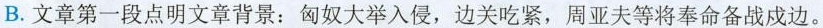
B.文章第一段点明文章背景：匈奴大举入侵，边关吃紧，周亚夫等将奉命备战戍边。